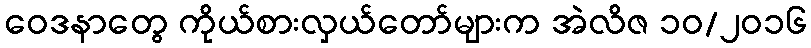
ဝေဒနာတွေ ကိုယ်စားလှယ်တော်များက အဲလိဇ ၁၀/၂၀၁၆